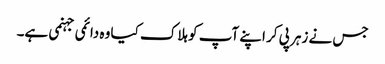
جس نے زہر پی کر اپنے آپ کو ہلاک کیا وہ دائمی جہنمی ہے۔